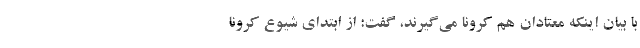
با بیان اینکه معتادان هم کرونا می‌گیرند، گفت: از ابتدای شیوع کرونا